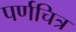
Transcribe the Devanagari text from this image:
पर्णचित्र